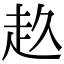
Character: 𧺓